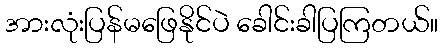
အားလုံးပြန်မဖြေနိုင်ပဲ ခေါင်းခါပြကြတယ်။